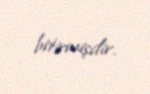
bitirmişdir.